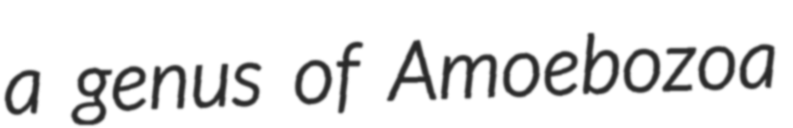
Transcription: a genus of Amoebozoa